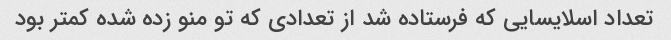
تعداد اسلایسایی که فرستاده شد از تعدادی که تو منو زده شده کمتر بود